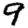
Digit: 9